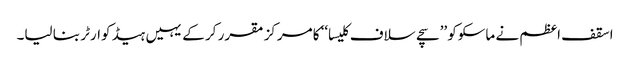
اسقف اعظم نے ماسکوکو ’’سچے سلاف کلیسا‘‘ کا مرکز مقرر کر کے یہیں ہیڈ کوارٹر بنا لیا۔